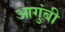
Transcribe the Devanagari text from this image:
आगुंबी